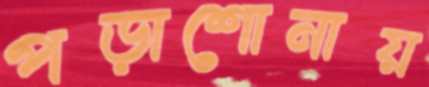
পড়াশোনায়